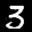
Label: 3